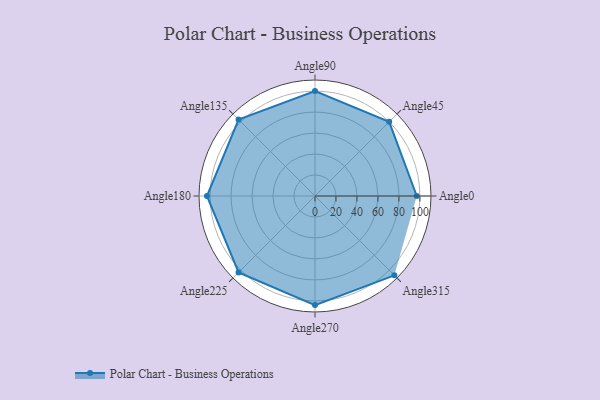
{"axis": {"x": "Angle", "y": "Radius"}, "legend": [""], "data": [{"x": "Angle0", "y": 97.0, "type": ""}, {"x": "Angle45", "y": 100.0, "type": ""}, {"x": "Angle90", "y": 100.0, "type": ""}, {"x": "Angle135", "y": 103.0, "type": ""}, {"x": "Angle180", "y": 103.0, "type": ""}, {"x": "Angle225", "y": 103.0, "type": ""}, {"x": "Angle270", "y": 104.0, "type": ""}, {"x": "Angle315", "y": 107.0, "type": ""}]}